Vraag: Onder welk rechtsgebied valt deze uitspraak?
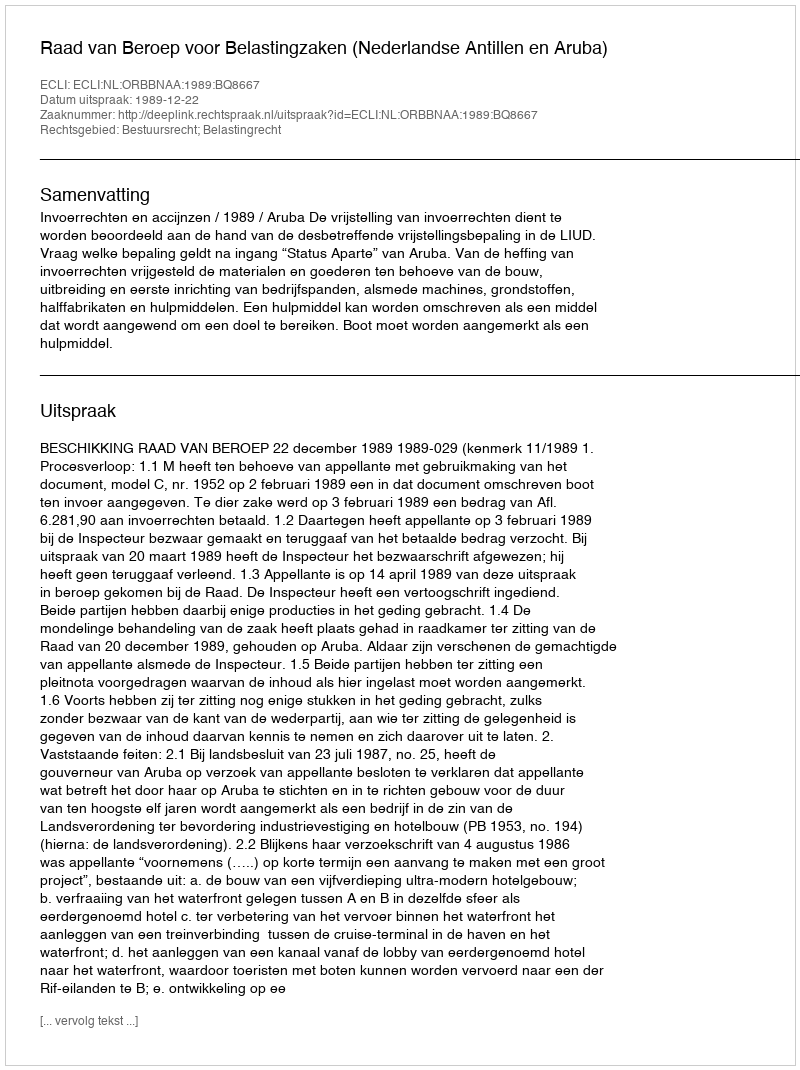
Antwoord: Bestuursrecht; Belastingrecht